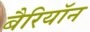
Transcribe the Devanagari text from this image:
बैरियॉन